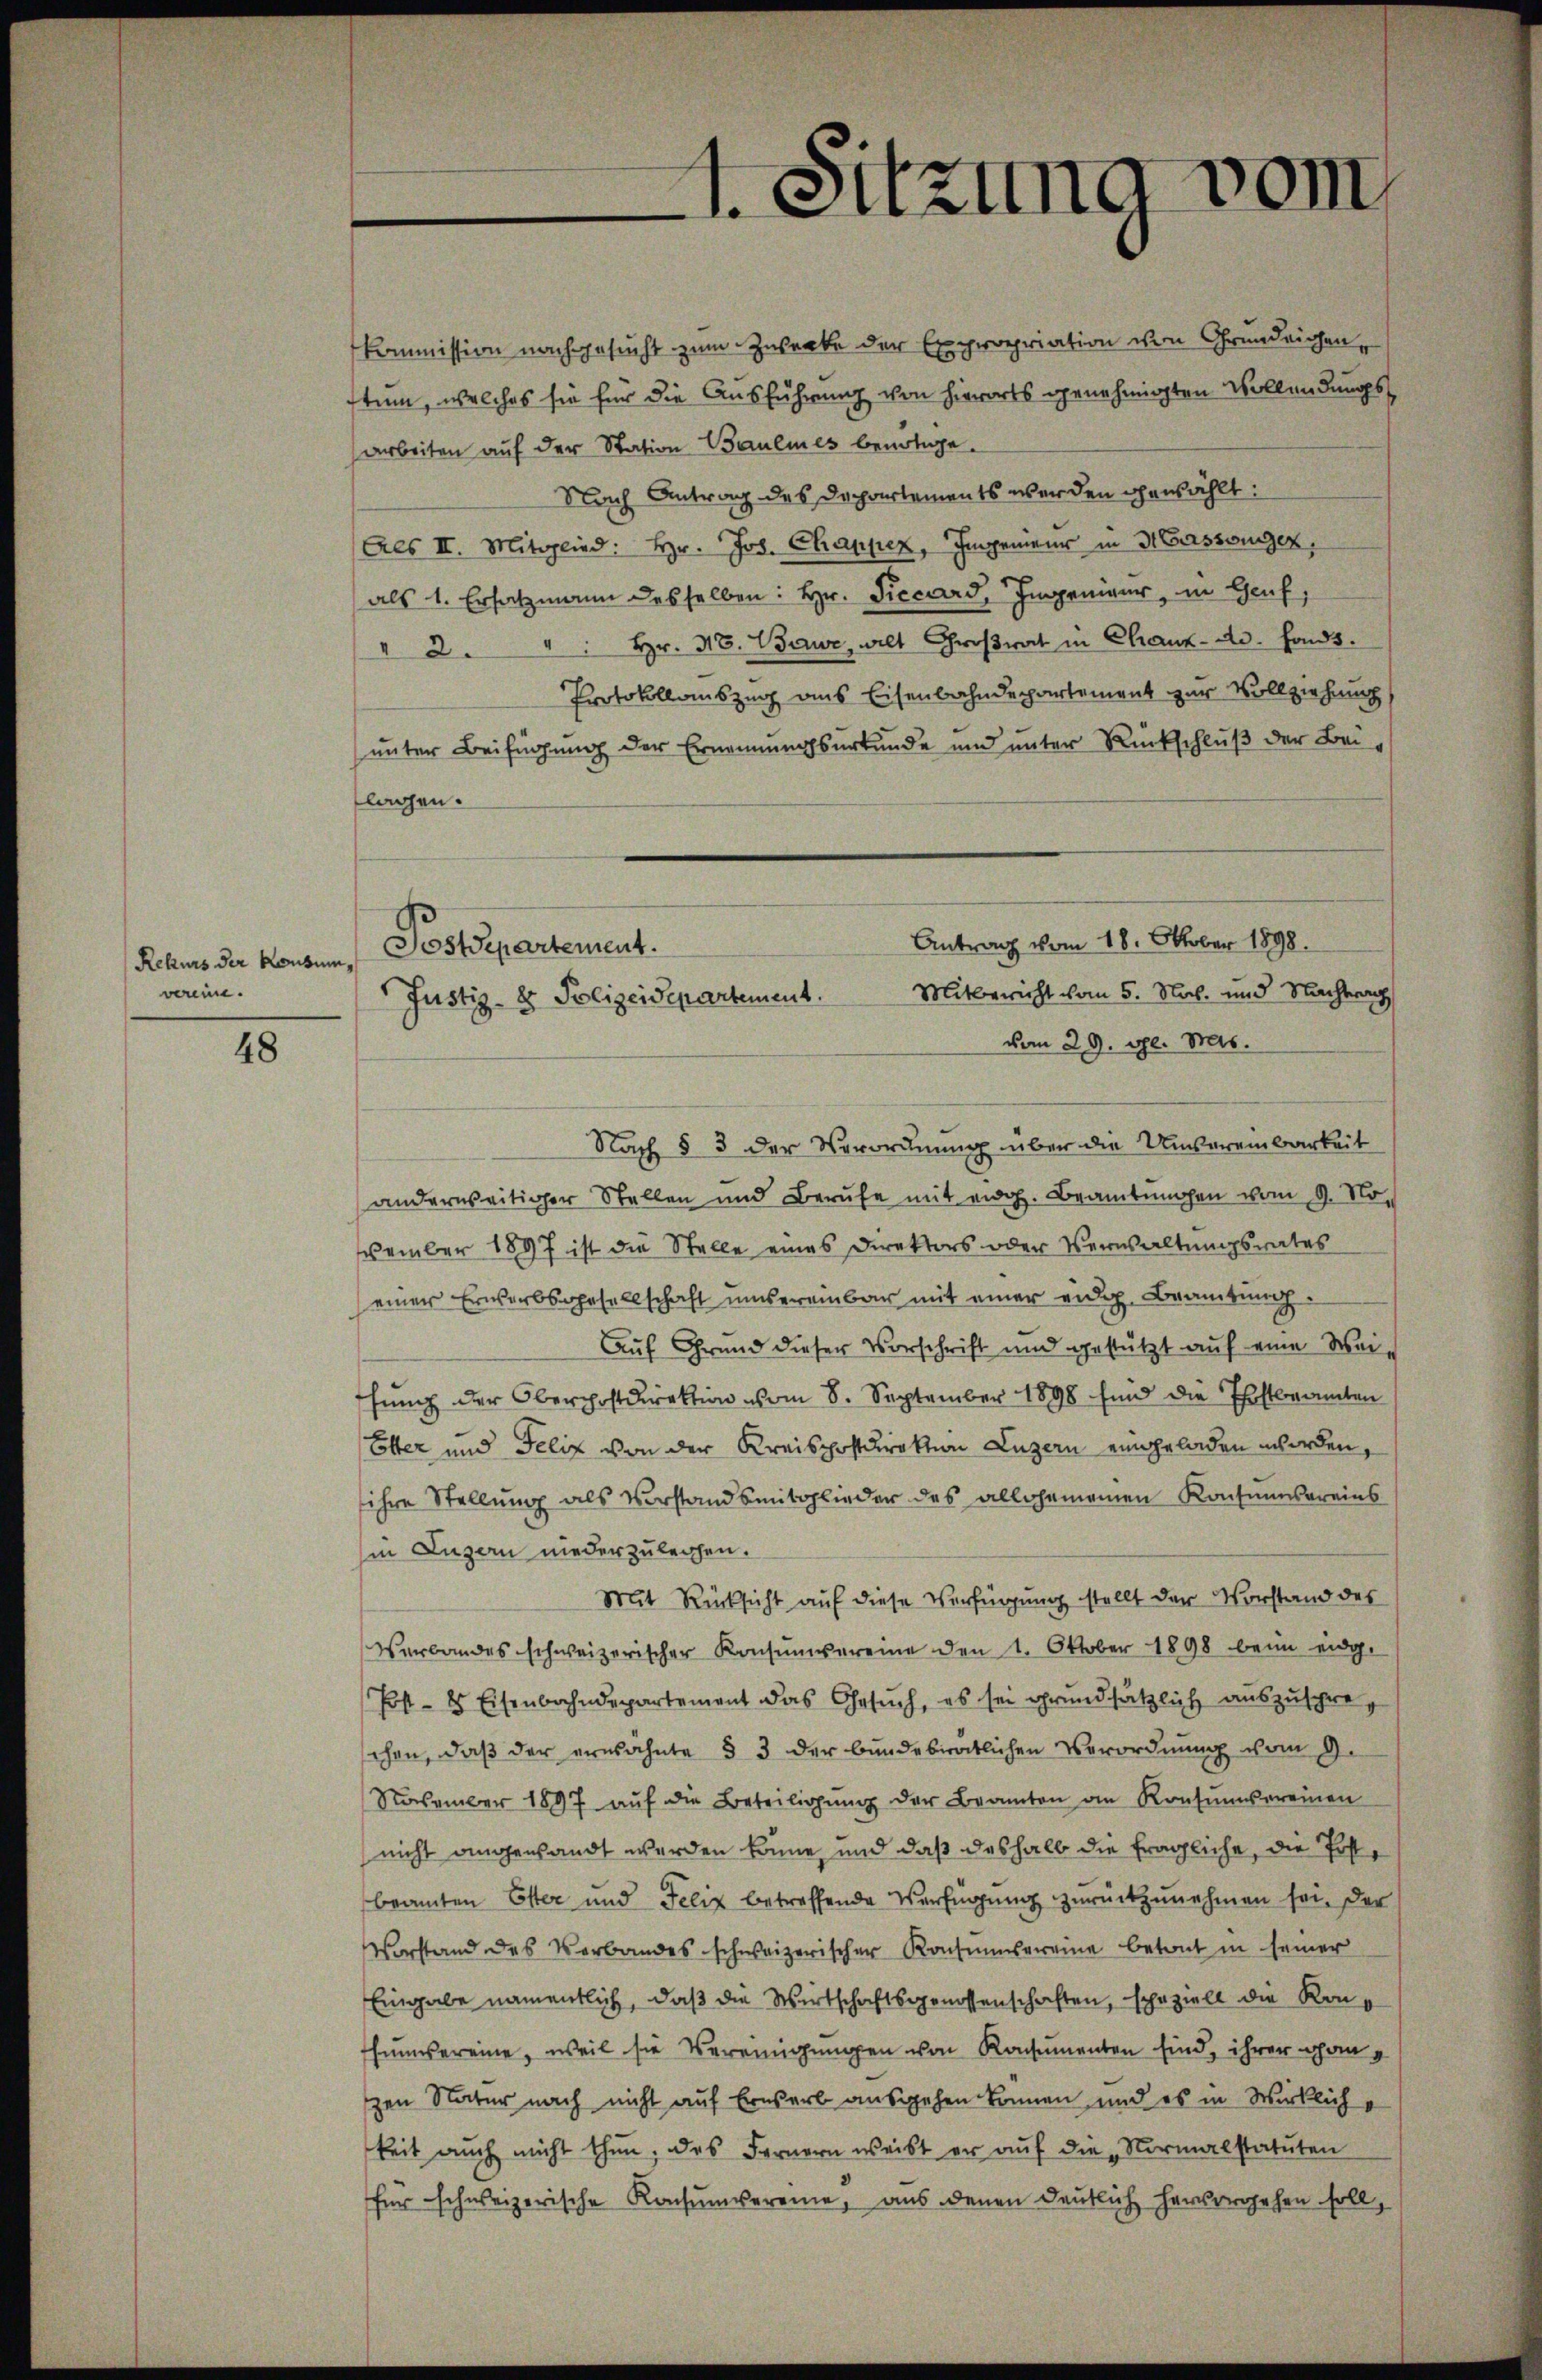
Rekurs der Konsum,
vereine.

48

1. Sitzung vom

Kommission nachgesucht zum Zwecke der Expropriation von Grundeigen,
stum, welches sie für die Ausführung von hierorts genehmigten Vollendungs
arbeiten auf der Station Baulines benötige.
Nach Antrag des Departements werden gewählt:
Als II. Mitglied: Hr. Joh. Chapper, Ingenen in Misswinger,
als 1. Ersatzmann desselben: hr. Siccard, Ingenieur, in Genf,
" 2. " " hr. No. Beiwe, will Groβrat in Chaux-Ad. Fonds.
Protokollauszug aus Eisenbahndepartement zur Vollziehung
unter Beifügung der Ernennungsurkunde und unter Rückschluß der Beiflagen.
Postdepartement.
vom 29. d. Mts.
Nach § 3 der Verordnung über die Unvereinbarkeit
anderweitiger Stellen und Berufe mit eidg. Beamtungen vom 9. No-
vember 1897 ist die Stelle eines Direktors oder Verwaltungsrates
einer Erwerbsgesellschaft unsereinbar mit einer eidg. Beamtung
Auf Grund dieser Vorschrift und gestützt auf eine Wei-
hung der Oberpostdirektion vom 8. September 1898 in die Thostbeamten
Etter und Felix von der Kreispostdirektion Luzern eingeladen worden,
ihre Stellung als Vorstandsmitglieder des allgemeinen Konsumvereins
in Luzern niederzulegen.
Mit Rücksicht auf diese Verfügung stellt der Vorstand des
Verbandes schweizerischer Konsumvereine den 1. Oktober 1898 beim eidg.
Post- 8 Eisenbahndepartement das Gesŭch, es sei grundsätzlich auszuspreschen, daß der erwähnte § 3 der bundesrätlichen Verordnung vom 9.
November 1897 aŭf die Beteiligŭng der Beamten an Konsumvereinen
nicht angewandt werden könne und daß deshalb die fragliche, die Postbeamten Ester und Felix betreffende Verfügung zurückzunehmen sei. Der
Vorstand des Verbandes schweizerischer Konsumvereine betont in seiner
Eingabe namentlich, daß die Wirtschaftsgenossenschaften, schoziell die Konhumvereine, weil sie Vereinigungen von Konsumenten sind, ihrer ganzen Natur nach nicht auf Erwarb ausgehen können und es in Wirklich
keit auch nicht thun, das Fernern weist er auf die „Normalstatuten
für schweizerische Konsumvereine, aus denen deutlich hervorgehen soll,

Antrag vom 18. Oktober 1898.
Mitbericht vom 5. Nat. und Nachbach
Justiz- & Polizeisepartement.